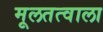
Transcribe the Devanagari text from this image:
मूलतत्वाला